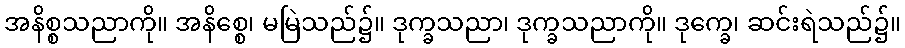
အနိစ္စသညာကို။ အနိစ္စေ၊ မမြဲသည်၌။ ဒုက္ခသညာ၊ ဒုက္ခသညာကို။ ဒုက္ခေ၊ ဆင်းရဲသည်၌။